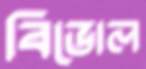
বিভোল